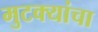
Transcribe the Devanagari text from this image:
मुटक्यांचा